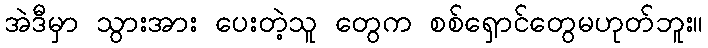
အဲဒီမှာ သွားအား ပေးတဲ့သူ တွေက စစ်ရှောင်တွေမဟုတ်ဘူး။